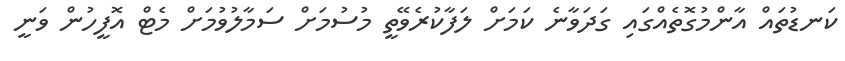
ކަނޑުތައް އާންމުގޮތެއްގައި ގަދަވާނެ ކަމަށް ލަފާކުރެވޭތީ މުސުމަށް ސަމާލުވުމަށް މެޓް އޮފީހުން ވަނީ